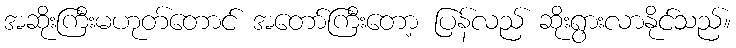
အဆိုးကြီးမဟုတ်တောင် အတော်ကြီးတော့ ပြန်လည် ဆိုးရွားလာနိုင်သည်။